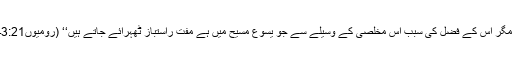
مگر اُس کے فضل کی سبب اُس مخلصی کے وسیلے سے جو یسوع مسیح میں ہے مفت راستباز ٹھہرائے جاتے ہیں‘‘ (رومیوں3:21۔